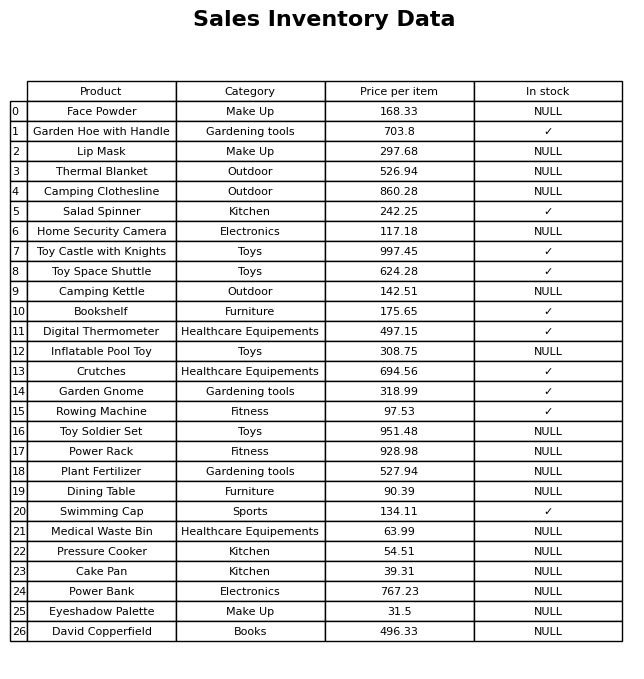
question: What is the price for Medical Waste Bin?
answer: The price of Medical Waste Bin is 63.99.